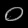
Digit: ၀